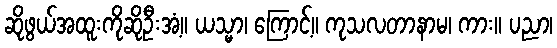
ဆိုဖွယ်အထူးကိုဆိုဦးအံ့။ ယသ္မာ၊ ကြောင့်။ ကုသလတာနာမ၊ ကား။ ပညာ၊